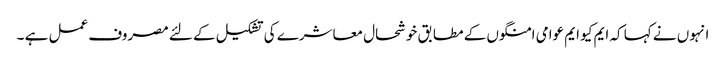
انہوں نے کہا کہ ایم کیو ایم عوامی امنگوں کے مطابق خوشحال معاشرے کی تشکیل کے لئے مصروف عمل ہے ۔